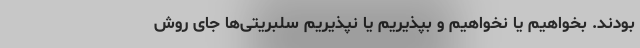
بودند. بخواهیم یا نخواهیم و بپذیریم یا نپذیریم سلبریتی‌ها جای روش